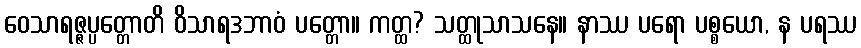
ဝေသာရဇ္ဇပ္ပတ္တောတိ ဝိသာရဒဘာဝံ ပတ္တော။ ကတ္ထ? သတ္ထုသာသနေ။ နာဿ ပရော ပစ္စယော, န ပရဿ